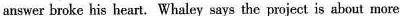
answer broke his heart. Whaley says the project is about more